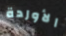
الأوردة